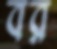
বর